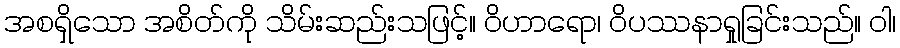
အစရှိသော အစိတ်ကို သိမ်းဆည်းသဖြင့်။ ဝိဟာရော၊ ဝိပဿနာရှုခြင်းသည်။ ဝါ၊